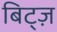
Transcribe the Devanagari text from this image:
बिट्ज़